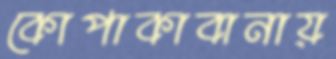
কোপাকাবানায়